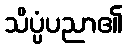
သိပ္ပံပညာ၏